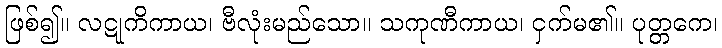
ဖြစ်၍။ လဋုကိကာယ၊ ဗီလုံးမည်သော။ သကုဏီကာယ၊ ငှက်မ၏။ ပုတ္တကေ၊